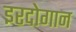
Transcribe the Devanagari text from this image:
इरदोगान